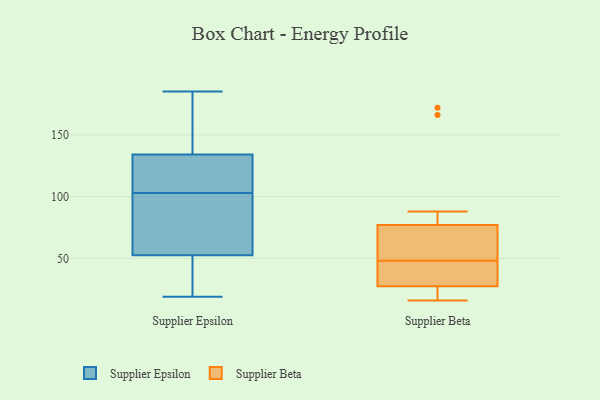
{"axis": {"x": "Humidity (%)", "y": "Value"}, "legend": ["Supplier Beta", "Supplier Epsilon"], "data": [{"x": "", "y": 99, "type": "Supplier Epsilon"}, {"x": "", "y": 122, "type": "Supplier Epsilon"}, {"x": "", "y": 51, "type": "Supplier Epsilon"}, {"x": "", "y": 91, "type": "Supplier Epsilon"}, {"x": "", "y": 185, "type": "Supplier Epsilon"}, {"x": "", "y": 26, "type": "Supplier Epsilon"}, {"x": "", "y": 19, "type": "Supplier Epsilon"}, {"x": "", "y": 120, "type": "Supplier Epsilon"}, {"x": "", "y": 57, "type": "Supplier Epsilon"}, {"x": "", "y": 29, "type": "Supplier Epsilon"}, {"x": "", "y": 153, "type": "Supplier Epsilon"}, {"x": "", "y": 148, "type": "Supplier Epsilon"}, {"x": "", "y": 121, "type": "Supplier Epsilon"}, {"x": "", "y": 103, "type": "Supplier Epsilon"}, {"x": "", "y": 138, "type": "Supplier Epsilon"}, {"x": "", "y": 166, "type": "Supplier Beta"}, {"x": "", "y": 50, "type": "Supplier Beta"}, {"x": "", "y": 49, "type": "Supplier Beta"}, {"x": "", "y": 16, "type": "Supplier Beta"}, {"x": "", "y": 22, "type": "Supplier Beta"}, {"x": "", "y": 83, "type": "Supplier Beta"}, {"x": "", "y": 33, "type": "Supplier Beta"}, {"x": "", "y": 30, "type": "Supplier Beta"}, {"x": "", "y": 71, "type": "Supplier Beta"}, {"x": "", "y": 47, "type": "Supplier Beta"}, {"x": "", "y": 26, "type": "Supplier Beta"}, {"x": "", "y": 172, "type": "Supplier Beta"}, {"x": "", "y": 28, "type": "Supplier Beta"}, {"x": "", "y": 27, "type": "Supplier Beta"}, {"x": "", "y": 88, "type": "Supplier Beta"}, {"x": "", "y": 50, "type": "Supplier Beta"}]}